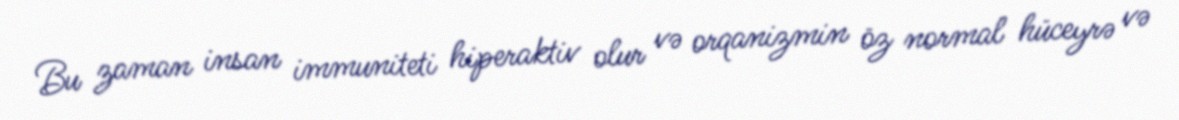
Bu zaman insan immuniteti hiperaktiv olur və orqanizmin öz normal hüceyrə və